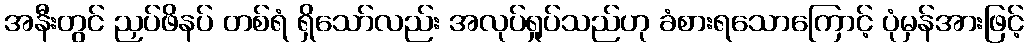
အနီးတွင် ညှပ်ဖိနပ် တစ်ရံ ရှိသော်လည်း အလုပ်ရှုပ်သည်ဟု ခံစားရသောကြောင့် ပုံမှန်အားဖြင့်